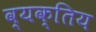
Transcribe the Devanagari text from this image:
व्यक्तिय